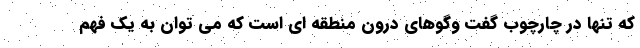
که تنها در چارچوب گفت وگوهای درون منطقه ای است که می توان به یک فهم